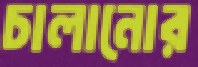
চালানোর